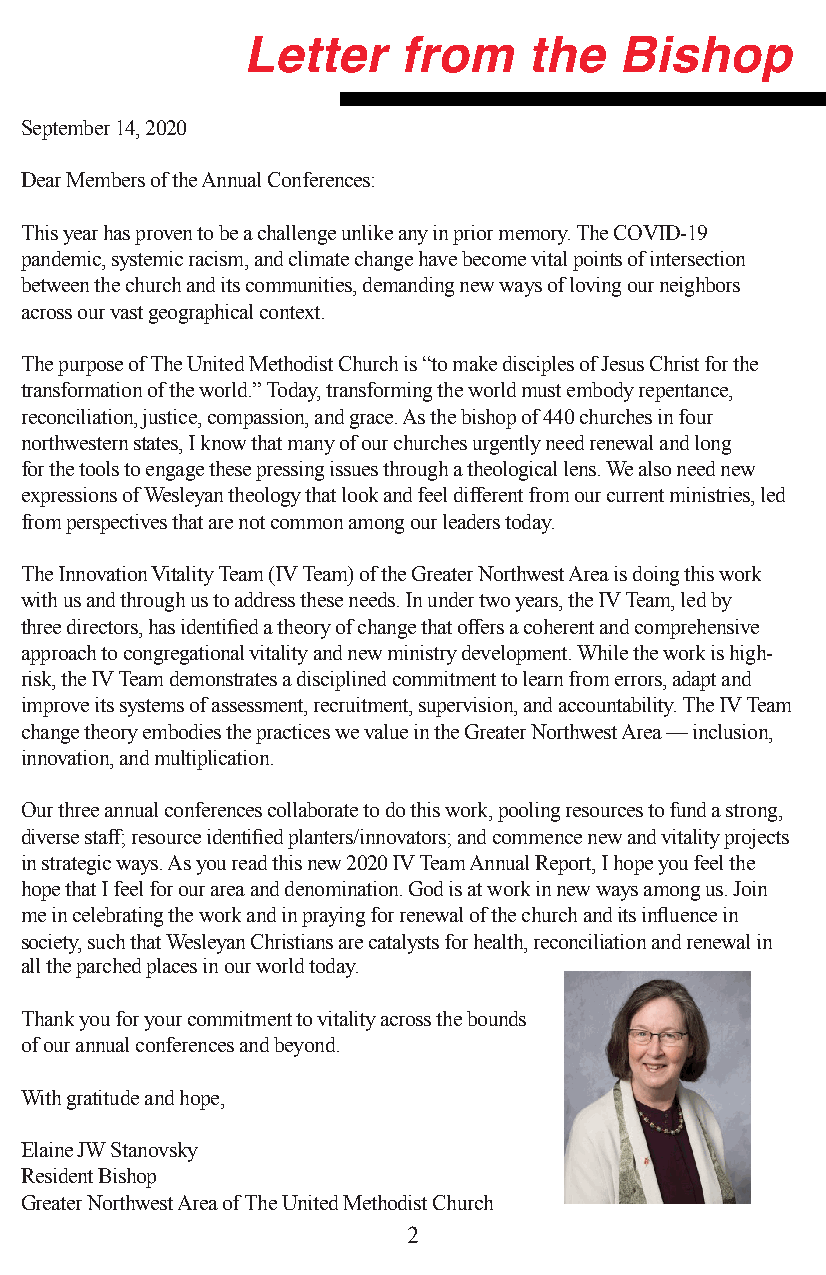
September 14, 2020
 Dear Members of the Annual Conferences:
 This year has proven to be a challenge unlike any in prior memory. The COVID-19
 pandemic, systemic racism, and climate change have become vital points of intersection
 between the church and its communities, demanding new ways of loving our neighbors
 across our vast geographical context.
 The purpose of The United Methodist Church is “to make disciples of Jesus Christ for the
 transformation of the world.” Today, transforming the world must embody repentance,
 reconciliation, justice, compassion, and grace. As the bishop of 440 churches in four
 northwestern states, I know that many of our churches urgently need renewal and long
 for the tools to engage these pressing issues through a theological lens. We also need new
 expressions of Wesleyan theology that look and feel different from our current ministries, led
 from perspectives that are not common among our leaders today.
 The Innovation Vitality Team (IV Team) of the Greater Northwest Area is doing this work
 with us and through us to address these needs. In under two years, the IV Team, led by
 three directors, has identified a theory of change that offers a coherent and comprehensive
 approach to congregational vitality and new ministry development. While the work is high-
 risk, the IV Team demonstrates a disciplined commitment to learn from errors, adapt and
 improve its systems of assessment, recruitment, supervision, and accountability. The IV Team
 change theory embodies the practices we value in the Greater Northwest Area — inclusion,
 innovation, and multiplication.
 Our three annual conferences collaborate to do this work, pooling resources to fund a strong,
 diverse staff; resource identified planters/innovators; and commence new and vitality projects
 in strategic ways. As you read this new 2020 IV Team Annual Report, I hope you feel the
 hope that I feel for our area and denomination. God is at work in new ways among us. Join
 me in celebrating the work and in praying for renewal of the church and its influence in
 society, such that Wesleyan Christians are catalysts for health, reconciliation and renewal in
 all the parched places in our world today.
 Thank you for your commitment to vitality across the bounds
 of our annual conferences and beyond.
 With gratitude and hope,
 Elaine JW Stanovsky
 Resident Bishop
 Greater Northwest Area of The United Methodist Church